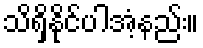
သိရှိနိုင်ပါအံ့နည်း။